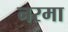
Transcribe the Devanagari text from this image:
नरमा